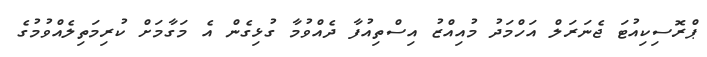
ޕްރޮސިކިއުޓަ ޖެނަރަލް އަހްމަދު މުއިއްޒު އިސްތިއުފާ ދެއްވުމާ ގުޅިގެން އެ މަގާމަށް ކުރިމަތިލެއްވުމުގެ